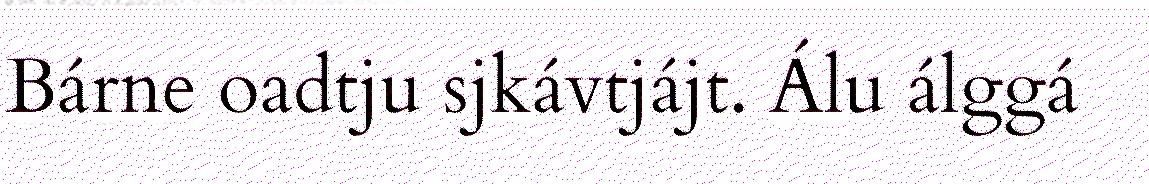
Bárne oadtju sjkávtjájt. Álu álggá